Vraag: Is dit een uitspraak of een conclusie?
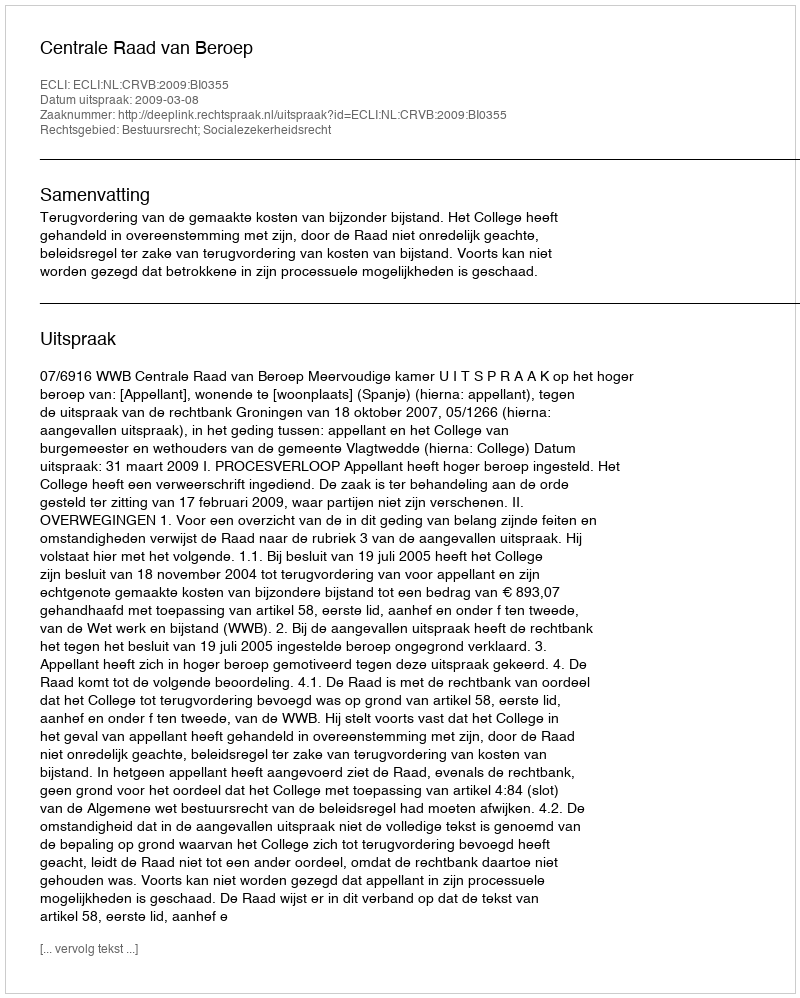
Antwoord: Uitspraak